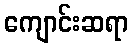
ကျောင်းဆရာ